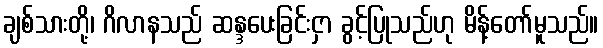
ချစ်သားတို့၊ ဂိလာနသည် ဆန္ဒပေးခြင်းငှာ ခွင့်ပြုသည်ဟု မိန့်တော်မူသည်။